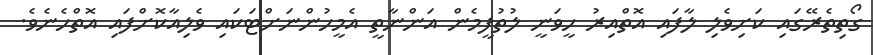
ގޯތިތެރޭގައި ކަށިވެލި ލާފައި އޮތްއިރު ހީވަނީ ލުތުފީމެން އަންނާތީ އެމީހުންނަށްޓަކައި ވެލިއާކޮށްފައި އޮތްހެނެވެ.